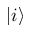
| i \rangle